Scottish Certificate of Education, 1963
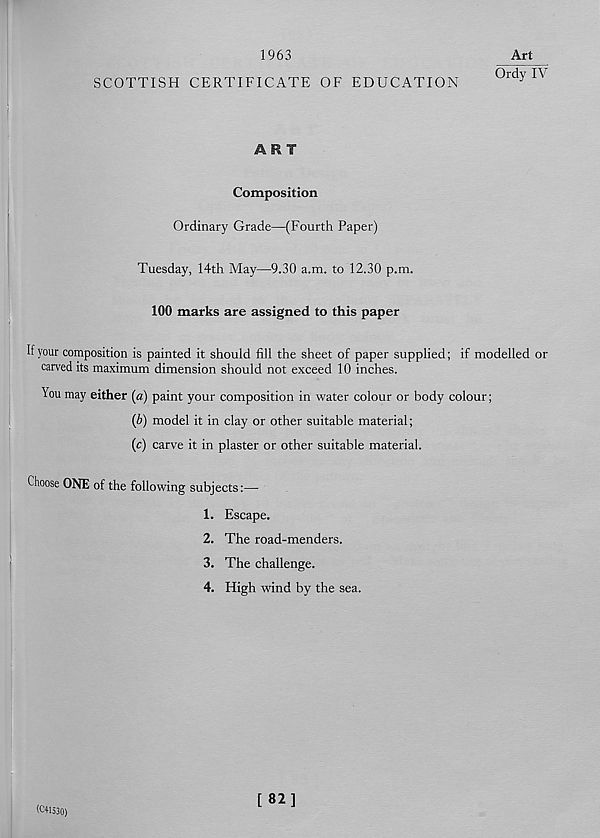
1963
SCOTTISH CERTIFICATE OF EDUCATION
Art
o^fylv
ART
Composition
Ordinary Grade—(Fourth Paper)
Tuesday, 14th May—9.30 a.m. to 12.30 p.m.
100 marks are assigned to this paper
If your composition is painted it should fill the sheet of paper supplied; if modelled or
carved its maximum dimension should not exceed 10 inches.
You may either (a) paint your composition in water colour or body colour;
(b) model it in clay or other suitable material;
(c) carve it in plaster or other suitable material.
Choose ONE of the following subjects:—
1. Escape.
2. The road-menders.
3. The challenge.
4. High wind by the sea.
(£41530)
[82]